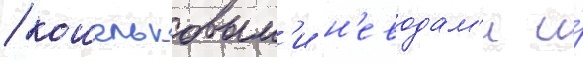
/ кошельковым'и н'еводам'и и́